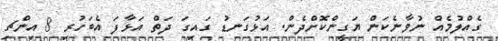
ގެއްލުމެއް ނުވާނެކަން ޔަގީންކޮށްދެން. އަޅުގަނޑު ގައިގަ ދަތް އަޅާފަ އެބަހުރި 8 އިންޗި